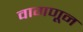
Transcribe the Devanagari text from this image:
वागणून